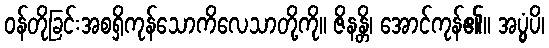
ဝန်တိုခြင်းအစရှိကုန်သောကိလေသာတို့ကို။ ဇိနန္တိ၊ အောင်ကုန်၏။ အပ္ပွံပိ၊